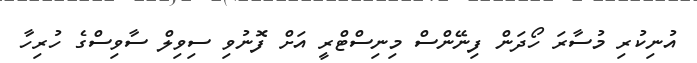
އުނިކުރި މުސާރަ ހޯދަން ފިނޭންސް މިނިސްޓްރީ އަށް ފޮނުވި ސިވިލް ސާވިސްގެ ހުރިހާ